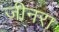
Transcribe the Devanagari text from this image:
जीनरा